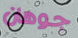
جوهان